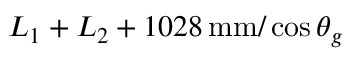
L _ { 1 } + L _ { 2 } + 1 0 2 8 \, \mathrm { m m } / \cos \theta _ { g }